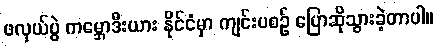
ဖလှယ်ပွဲ ကမ္ဘောဒီးယား နိုင်ငံမှာ ကျင်းပစဉ် ပြောဆိုသွားခဲ့တာပါ။